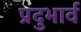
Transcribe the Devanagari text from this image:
प्रदुभार्व